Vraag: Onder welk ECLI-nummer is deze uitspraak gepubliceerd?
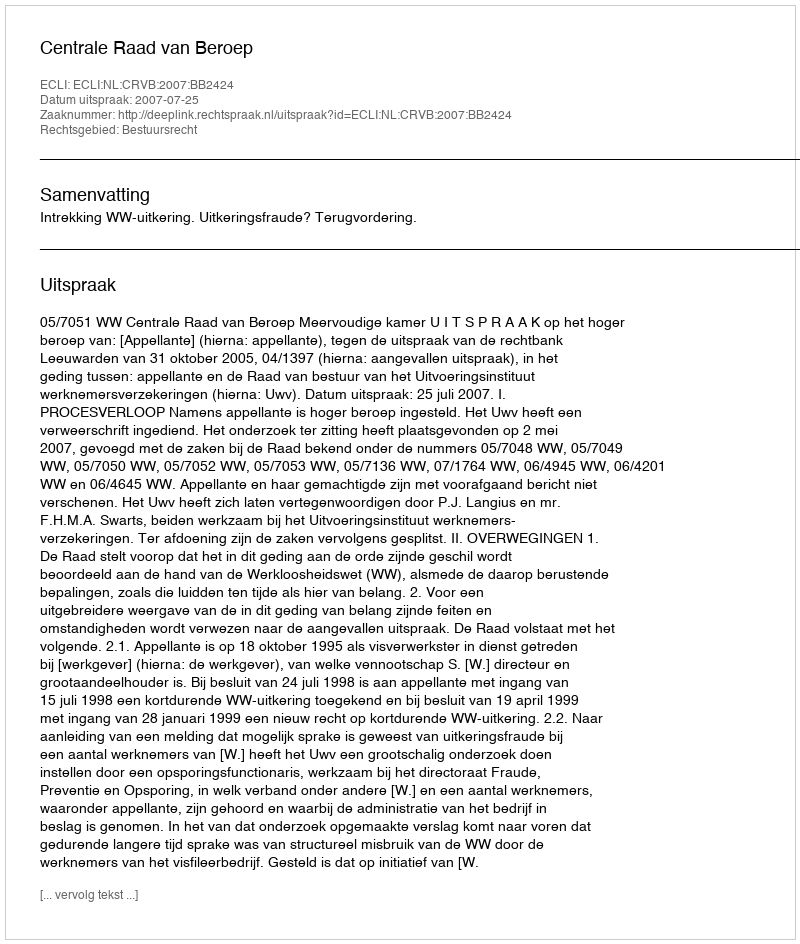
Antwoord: ECLI:NL:CRVB:2007:BB2424